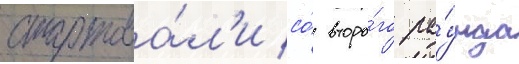
стартова́л'и со́ второ́го ра́унда